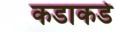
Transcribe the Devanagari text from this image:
कडाकडे